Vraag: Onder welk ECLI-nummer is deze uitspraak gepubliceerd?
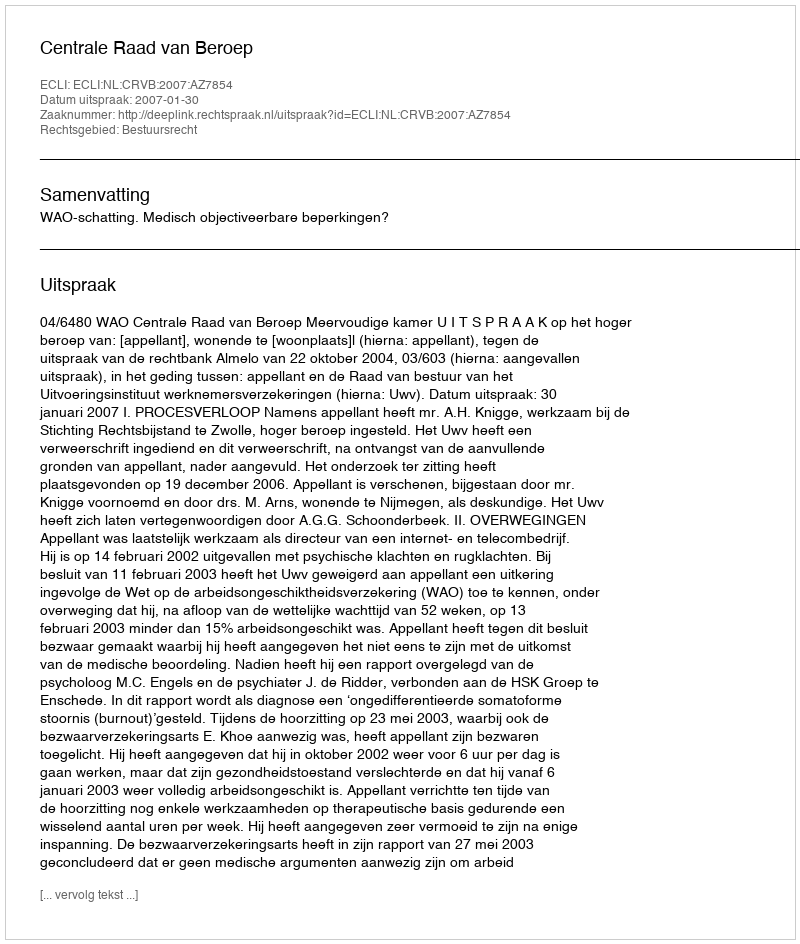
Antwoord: ECLI:NL:CRVB:2007:AZ7854